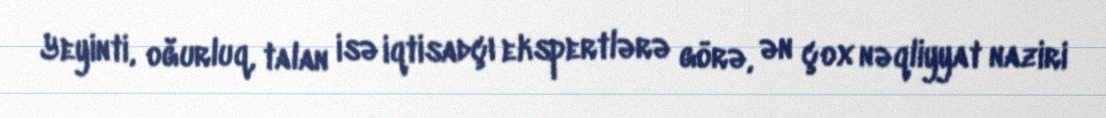
Yeyinti, oğurluq, talan isə iqtisadçı ekspertlərə görə, ən çox nəqliyyat naziri